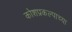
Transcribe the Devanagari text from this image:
कोशप्रकल्पाच्या